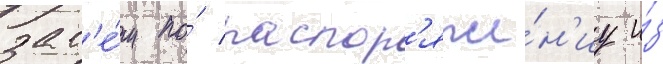
зат'е́м по́ распор'яже́н'иу и́з